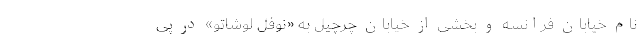
نام خیابان‌ فرانسه و بخشی از خیابان چرچیل به «نوفل لوشاتو» در پی